Medical and sanitary report on the native army of Bombay for the year
Year: 1878
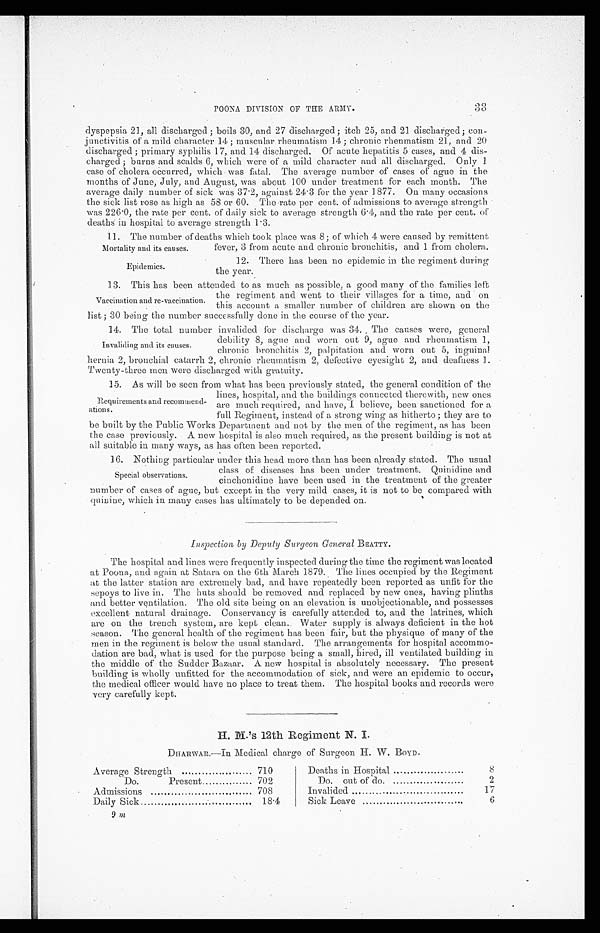
3 3
POONA DIVISION OF THE ARMY.
dyspepsia 21, all discharged; boils 30, and 27 discharged; itch 25, and 21 discharged; con-
junctivitis of a mild character 14; muscular rheumatism 14; chronic rheumatism 21, and 20
discharged; primary syphilis 17, and 14 discharged. Of acute hepatitis 5 cases, and 4 dis-
charged; burns and scalds 6, which were of a mild character and all discharged. Only 1
case of cholera occurred, which was fatal. The average number of cases of ague in the
months of June, July, and August, was about 100 under treatment for each month. The
average daily number of sick was 37.2, against 24.3 for the year 1877. On many occasions
the sick list rose as high as 58 or 60. The rate per cent. of admissions to average strength
was 226 .0, the rate per cent. of daily sick to average strength 6 . 4, and the rate per cent. of
deaths in hospital to average strength 1.3.
11. The number of deaths which took place was 8; of which 4 were caused by remittent
Mortality and its causes.
Epidemics.
fever, 3 from acute and chronic bronchitis, and 1 from cholera.
12. There has been no epidemic in the regiment during
the year.
13. This has been attended to as much as possible, a good many of the families left
Vaccination and re - vaccination.
the regiment and went to their villages for a time, and on
this account a smaller number of children are shown on the
list; 30 being the number successfully done in the course of the year.
14. The total number invalided for discharge was 34. The causes were, general
Invaliding and its causes.
debility 8, ague and worn out 9, ague and rheumatism 1,
chronic bronchitis 2, palpitation and worn out 5, inguinal
hernia 2, bronchial catarrh 2, chronic rheumatism 2, defective eyesight 2, and deafness
Twenty-three men were discharged with gratuity.
15. As will be seen from what has been previously stated, the general condition of the
Requirements and recommend-
- ations.
lines, hospital, and the buildings connected therewith, new ones
are much required, and have, I believe, been sanctioned for a
full Regiment, instead of a strong wing as hitherto; they are to
be built by the Public Works Department and not by the men of the regiment, as has been
the case previously. A new hospital is also much required, as the present building is not at
all suitable in many ways, as has often been reported.
16. Nothing particular under this head more than has been already stated. The usual.
Special observations.
class of diseases has been under treatment. Quinidine and
cinchonidine have been used in the treatment of the greater
number of cases of ague, but except in the very mild cases, it is not to be compared with
quinine, which in many cases has ultimately to be depended on.
inspection by Deputy Surgeon General BEATTY.
The hospital and lines were frequently inspected during the time the regiment was located
at Poona, and again at Satara on the 6th March 1879. The lines occupied by the Regiment
at the latter station are extremely bad, and have repeatedly been reported as unfit for the
sepoys to live in. The huts should be removed and replaced by new ones, having plinths
and better ventilation. The old site being on an elevation is unobjectionable, and possesses
excellent natural drainage. Conservancy is carefully attended to, and the latrines, which
are on the trench system, are kept clean. Water supply is always deficient in the hot
season. The general health of the regiment has been fair, but the physique of many of the
men in the regiment is below the usual standard. The arrangements for hospital accommo-
dation are bad, what is used for the purpose being a small, hired, ill ventilated building in
the middle of the Sudder Bazaar. A new hospital is absolutely necessary. The present
building is wholly unfitted for the accommodation of sick, and were an epidemic to occur,
the medical officer would have no place to treat them. The hospital books and records were
very carefully kept.
H. M.'s 12th Regiment N. I.
DHARWAR.—In Medical charge of Surgeon H. W. BOYD.
Average Strength
710
Deaths in Hospital ........................
8
Do.
Present
702
Do. out of do.
2
Admissions
708
Invalided
17
Daily Sick
18.4
Sick Leave
6
9
m